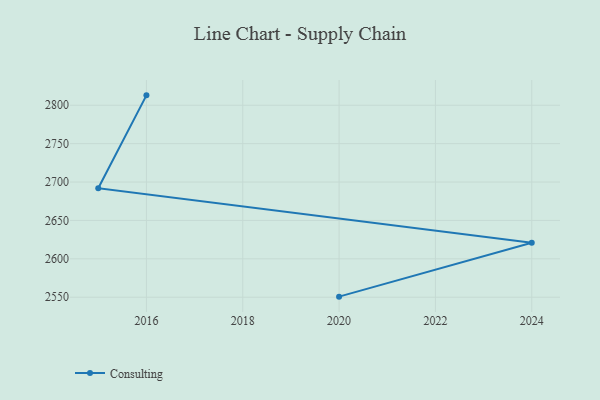
{"axis": {"x": "Year", "y": "Demand Index"}, "legend": ["Consulting"], "data": [{"x": "2016", "y": 2812.9, "type": "Consulting"}, {"x": "2015", "y": 2691.9, "type": "Consulting"}, {"x": "2024", "y": 2621.0, "type": "Consulting"}, {"x": "2020", "y": 2550.7, "type": "Consulting"}]}